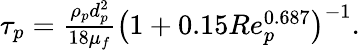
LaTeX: \begin{array}{r}{\tau_{p}=\frac{\rho_{p}d_{p}^{2}}{18\mu_{f}}\left(1+0.15Re_{p}^{0.687}\right)^{-1}.}\end{array}